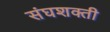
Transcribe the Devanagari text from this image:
संघशक्ती